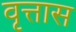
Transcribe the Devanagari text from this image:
वृत्तास